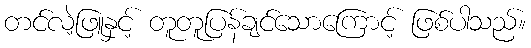
တင်လဲ့ဖြူနှင့် တူတူပြန်ချင်သောကြောင့် ဖြစ်ပါသည်။